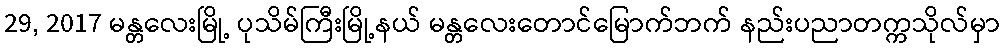
29, 2017 မန္တလေးမြို့ ပုသိမ်ကြီးမြို့နယ် မန္တလေးတောင်မြောက်ဘက် နည်းပညာတက္ကသိုလ်မှာ